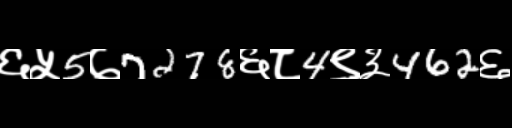
Text: ६५5७7278६८4९३462६